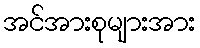
အင်အားစုများအား